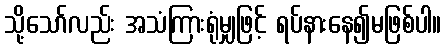
သို့သော်လည်း အသံကြားရုံမျှဖြင့် ရပ်နားနေ၍မဖြစ်ပါ။